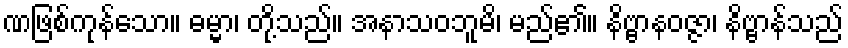
ဏဖြစ်ကုန်သော။ ဓမ္မာ၊ တို့သည်။ အနာသဝဘူမိ၊ မည်၏။ နိဗ္ဗာနဝဇ္ဇာ၊ နိဗ္ဗာန်သည်